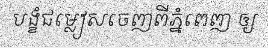
បង្ខំជម្លៀសចេញពីភ្នំពេញ ឲ្យ